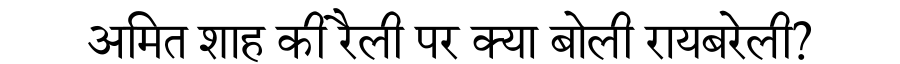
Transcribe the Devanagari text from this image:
अमित शाह की रैली पर क्या बोली रायबरेली?